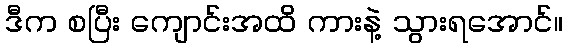
ဒီက စပြီး ကျောင်းအထိ ကားနဲ့ သွားရအောင်။